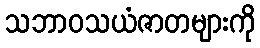
သဘာဝသယံဇာတများကို